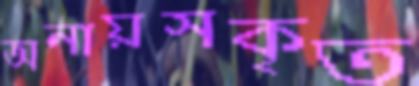
অনায়সকৃত